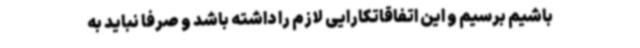
باشیم برسیم و این اتفاقاتکارایی لازم را داشته باشد و صرفا نباید به